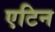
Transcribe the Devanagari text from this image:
एटिन